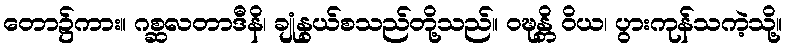
တော၌ကား။ ဂစ္ဆလတာဒီနိ၊ ချုံနွယ်စသည်တို့သည်။ ဝဍ္ဎန္တိ ဝိယ၊ ပွားကုန်သကဲ့သို့။